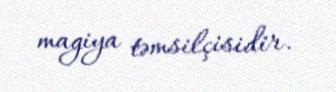
magiya təmsilçisidir.